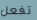
تفعل